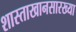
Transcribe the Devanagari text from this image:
शास्ताखानसारख्या